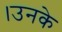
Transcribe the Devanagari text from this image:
।उनके